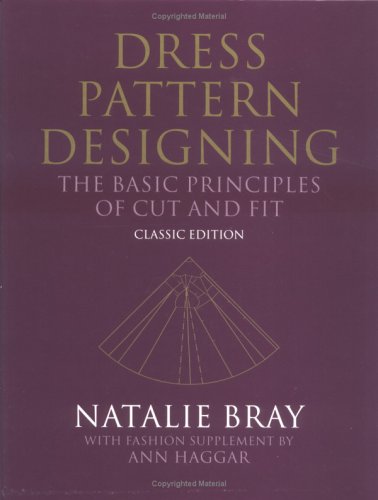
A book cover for Dress Pattern Designing (Classic Edition): The Basic Principles of Cut and Fit; Natalie Bray; Business & Money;